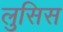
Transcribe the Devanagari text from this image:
लुसिस